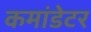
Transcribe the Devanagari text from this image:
कमांडेटर